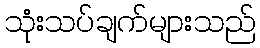
သုံးသပ်ချက်များသည်